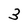
Character: 3